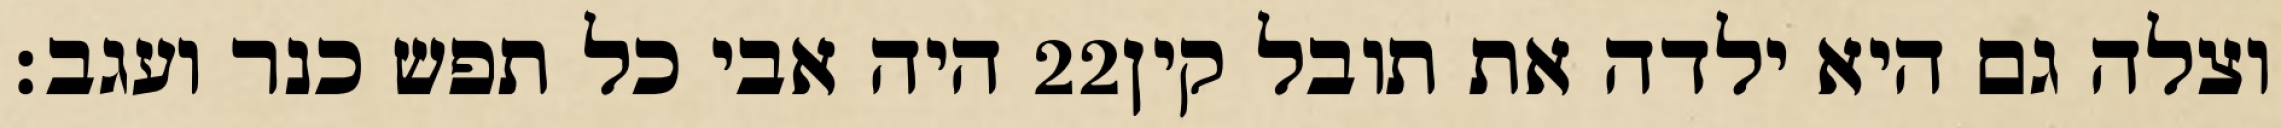
היה אבי כל תפש כנר ועגב׃ ‎22‏ וצלה גם היא ילדה את תובל קין